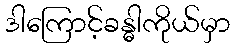
ဒါကြောင့်ခန္ဓါကိုယ်မှာ